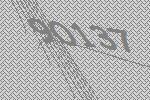
90137